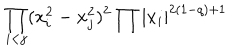
LaTeX: \displaystyle { \prod _ { i < j } ( x _ { i } ^ { 2 } - x _ { j } ^ { 2 } ) ^ { 2 } \prod | x _ { i } | ^ { 2 ( 1 - q ) + 1 } }